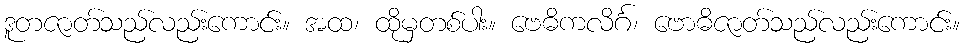
ဒူတဇာတ်သည်လည်းကောင်း။ အထ၊ ထိုမှတစ်ပါး။ ဗေဓိကလိင်္ဂ၊ ဗောဓိဇာတ်သည်လည်းကောင်း။